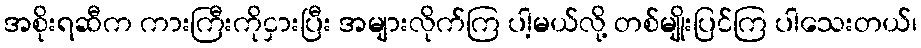
အစိုးရဆီက ကားကြီးကိုငှားပြီး အများလိုက်ကြ ပါ့မယ်လို့ တစ်မျိုးပြင်ကြ ပါသေးတယ်၊